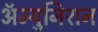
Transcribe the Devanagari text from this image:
ॲम्युनिशन